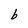
Character: b